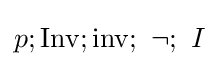
p;\operatorname {Inv} ;\operatorname {inv} ;\ \lnot ;\ I